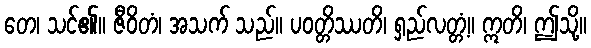
တေ၊ သင်၏။ ဇီဝိတံ၊ အသက် သည်။ ပဝတ္တိဿတိ၊ ရှည်လတ္တံ့။ ဣတိ၊ ဤသို့။